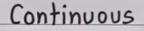
Continuous